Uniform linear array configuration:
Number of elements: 24
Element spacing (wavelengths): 0.5
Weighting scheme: hann
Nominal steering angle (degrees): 0
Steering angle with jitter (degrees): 0.5531
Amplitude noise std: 0.05
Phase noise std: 0.05

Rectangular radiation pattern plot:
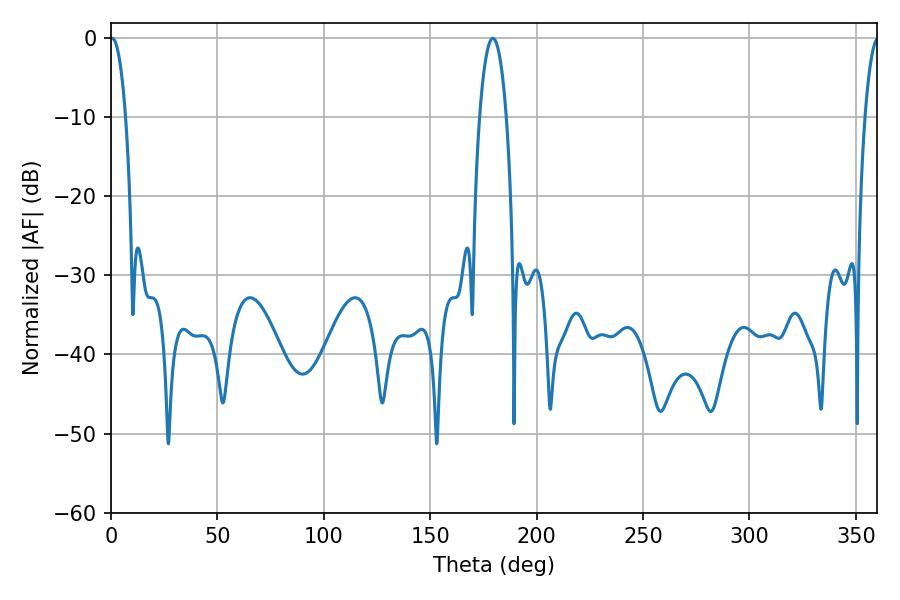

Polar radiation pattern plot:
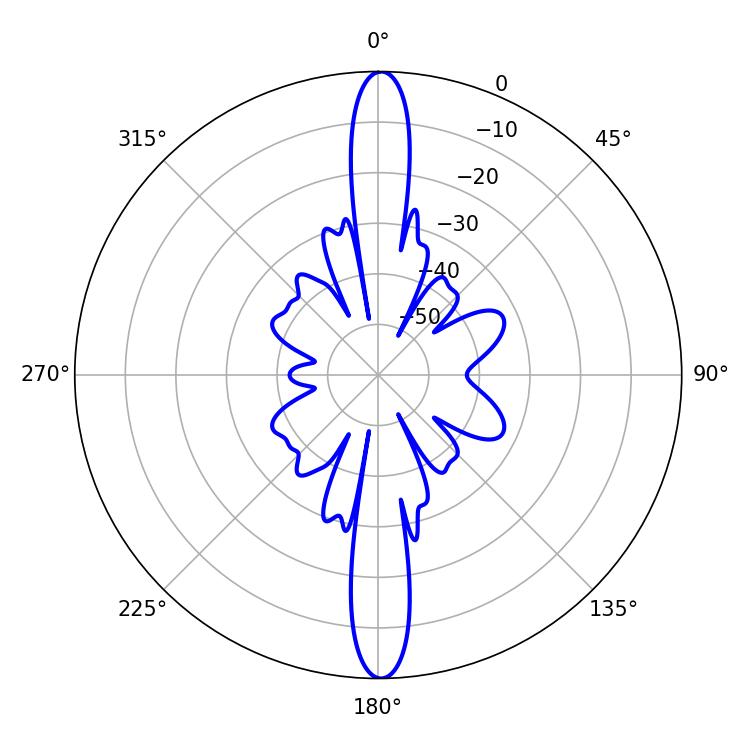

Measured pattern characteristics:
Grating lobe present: FALSE
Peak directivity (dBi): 28.767
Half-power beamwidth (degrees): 4.14
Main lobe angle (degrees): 0.54